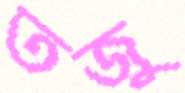
তজু